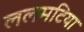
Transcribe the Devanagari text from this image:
ललमटिया